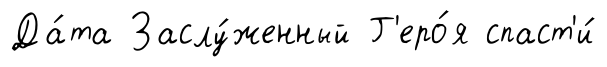
Да́та Заслу́женный Г'еро́я спаст'и́